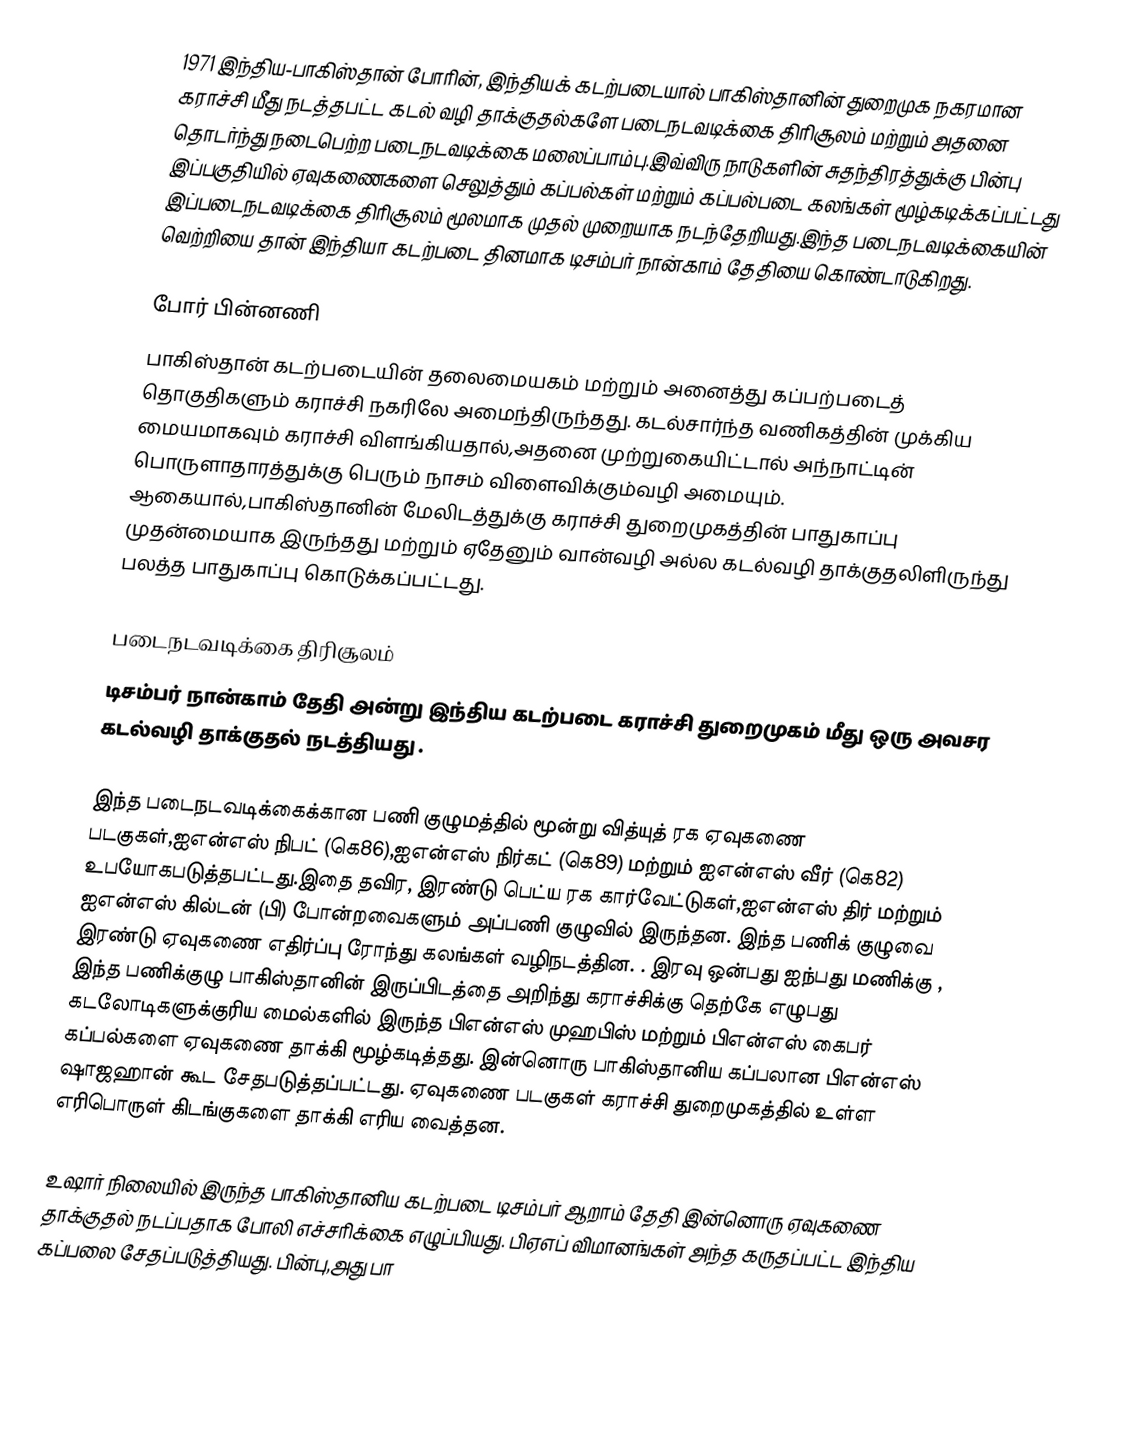
1971 இந்திய-பாகிஸ்தான் போரின், இந்தியக் கடற்படையால் பாகிஸ்தானின் துறைமுக நகரமான கராச்சி மீது நடத்தபட்ட கடல் வழி தாக்குதல்களே  படைநடவடிக்கை திரிசூலம் மற்றும் அதனை தொடர்ந்து நடைபெற்ற படைநடவடிக்கை மலைப்பாம்பு.இவ்விரு நாடுகளின் சுதந்திரத்துக்கு பின்பு இப்பகுதியில் ஏவுகணைகளை செலுத்தும் கப்பல்கள் மற்றும் கப்பல்படை கலங்கள் மூழ்கடிக்கப்பட்டது இப்படைநடவடிக்கை திரிசூலம் மூலமாக முதல் முறையாக நடந்தேறியது.இந்த படைநடவடிக்கையின் வெற்றியை தான் இந்தியா கடற்படை தினமாக டிசம்பர் நான்காம் தேதியை கொண்டாடுகிறது.

போர் பின்னணி
பாகிஸ்தான் கடற்படையின் தலைமையகம் மற்றும் அனைத்து கப்பற்படைத் தொகுதிகளும் கராச்சி நகரிலே அமைந்திருந்தது. கடல்சார்ந்த வணிகத்தின் முக்கிய மையமாகவும் கராச்சி விளங்கியதால்,அதனை முற்றுகையிட்டால் அந்நாட்டின் பொருளாதாரத்துக்கு பெரும் நாசம் விளைவிக்கும்வழி அமையும். ஆகையால்,பாகிஸ்தானின் மேலிடத்துக்கு கராச்சி துறைமுகத்தின் பாதுகாப்பு முதன்மையாக இருந்தது மற்றும் ஏதேனும் வான்வழி அல்ல கடல்வழி தாக்குதலிளிருந்து பலத்த பாதுகாப்பு கொடுக்கப்பட்டது.

படைநடவடிக்கை திரிசூலம்
டிசம்பர் நான்காம் தேதி அன்று இந்திய கடற்படை கராச்சி துறைமுகம் மீது ஒரு அவசர கடல்வழி தாக்குதல் நடத்தியது .

இந்த படைநடவடிக்கைக்கான பணி குழுமத்தில் மூன்று வித்யுத் ரக ஏவுகணை படகுகள்,ஐஎன்எஸ் நிபட் (கெ86),ஐஎன்எஸ் நிர்கட் (கெ89) மற்றும் ஐஎன்எஸ் வீர் (கெ82) உபயோகபடுத்தபட்டது.இதை தவிர, இரண்டு பெட்ய ரக கார்வேட்டுகள்,ஐஎன்எஸ் திர் மற்றும் ஐஎன்எஸ் கில்டன் (பி) போன்றவைகளும் அப்பணி குழுவில் இருந்தன. இந்த பணிக் குழுவை இரண்டு ஏவுகணை எதிர்ப்பு ரோந்து கலங்கள் வழிநடத்தின. . இரவு ஒன்பது ஐந்பது மணிக்கு  , இந்த பணிக்குழு பாகிஸ்தானின் இருப்பிடத்தை அறிந்து கராச்சிக்கு தெற்கே எழுபது கடலோடிகளுக்குரிய மைல்களில் இருந்த பிஎன்எஸ் முஹபிஸ் மற்றும் பிஎன்எஸ் கைபர் கப்பல்களை ஏவுகணை தாக்கி மூழ்கடித்தது. இன்னொரு பாகிஸ்தானிய கப்பலான பிஎன்எஸ் ஷாஜஹான் கூட சேதபடுத்தப்பட்டது. ஏவுகணை படகுகள் கராச்சி துறைமுகத்தில் உள்ள எரிபொருள் கிடங்குகளை தாக்கி எரிய வைத்தன.

உஷார் நிலையில் இருந்த பாகிஸ்தானிய கடற்படை டிசம்பர் ஆறாம் தேதி இன்னொரு ஏவுகணை தாக்குதல் நடப்பதாக போலி எச்சரிக்கை எழுப்பியது. பிஏஎப் விமானங்கள் அந்த கருதப்பட்ட இந்திய கப்பலை சேதப்படுத்தியது. பின்பு,அது பா